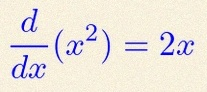
\frac{d}{dx}(x^2)=2x